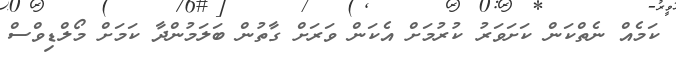
ކަމެއް ނެތްކަން ކަށަވަރު ކުރުމަށް އެކަން ވަރަށް ގާތުން ބަލަމުންދާ ކަމަށް މޯލްޑިވްސް